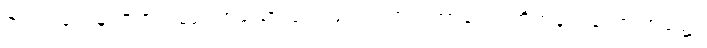
ဇရာဝါတေန၊ ဇရာတည်း ဟူသော လေဖြင့်။ ပဟတကာလေ၊ တိုက်ခတ်သော အခါ၌။